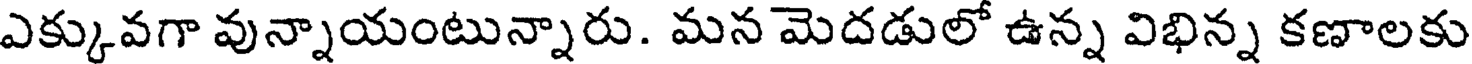
ఎక్కువగా వున్నాయంటున్నారు. మన మెదడులో ఉన్న విభిన్న కణాలకు